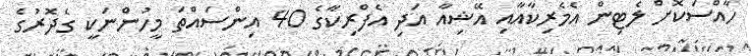
ހާއްސަކޮށް ލެޓިން އެމެރިކާއާއި އޭޝިއާ އަދި އެފްރިކާގެ 40 އިންސައްތަ މީހުންނަކީ ގެދޮރުގެ